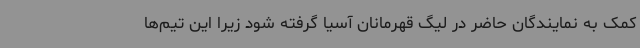
کمک به نمایندگان حاضر در لیگ قهرمانان آسیا گرفته شود زیرا این تیم‌ها